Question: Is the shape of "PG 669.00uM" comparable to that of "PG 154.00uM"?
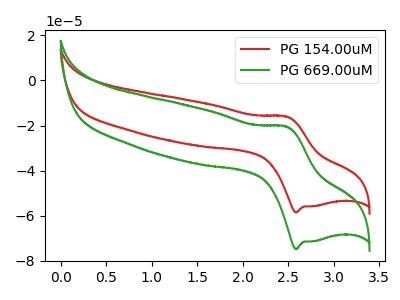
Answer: <think>The red curve "PG 154.00uM" has an anodic peak at (2.50V, -16.05uA) and a cathodic peak at (2.60V, -58.50uA). The green curve "PG 669.00uM" has an anodic peak at (2.50V, -20.55uA) and a cathodic peak at (2.60V, -74.75uA).
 All the peaks in "PG 669.00uM" have a peak in "PG 154.00uM" at the same potential.</think>
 <answer>"PG 669.00uM" and "PG 154.00uM" are similar in shape.</answer>
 <eval>same_shape</eval>